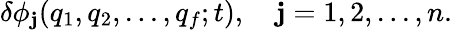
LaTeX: \delta\phi_{\mathbf{j}}(q_{1},q_{2},...,q_{f};t),\quad\mathbf{j}=1,2,...,n.